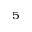
^ 5